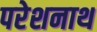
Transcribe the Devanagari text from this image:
परेशनाथ